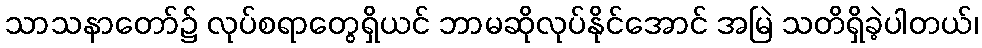
သာသနာတော်၌ လုပ်စရာတွေရှိယင် ဘာမဆိုလုပ်နိုင်အောင် အမြဲ သတိရှိခဲ့ပါတယ်၊